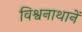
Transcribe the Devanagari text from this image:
विश्वनाथानें